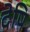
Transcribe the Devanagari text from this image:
देषि